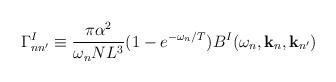
LaTeX: \begin{align*}\Gamma^I_{nn'} \equiv \frac{\pi \alpha^2}{\omega_n N L^3}(1-e^{-\omega_n/T}) B^I(\omega_n,{\bf k}_n, {\bf k}_{n'})\end{align*}